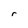
Character: r